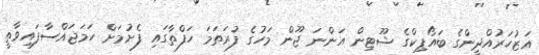
އަޒުހަރުއްދީންގެ ބައޯޕިކްގެ ޝޫޓިން އަންނަ ޖޫން މަހުގެ ފުރަތަމަ ހަފްތާގައި ފެށުމަށް ހަމަޖައްސާފައިވާތީ